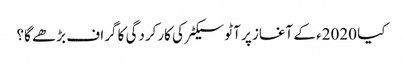
کیا 2020ء کے آغاز پر آٹو سیکٹر کی کارکردگی کا گراف بڑھے گا؟